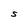
Character: S